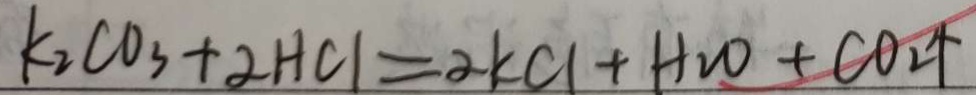
k _ { 2 } C O _ { 3 } + 2 H C l = 2 k C l + H _ { 2 } O + C O _ { 2 } \uparrow